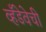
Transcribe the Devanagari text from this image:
व्हँडेवेची